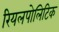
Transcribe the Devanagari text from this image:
रियलपोलिटिक